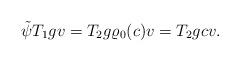
LaTeX: \begin{align*}\tilde \psi T_1 gv = T_2 g \varrho_0(c)v=T_2 gcv. \end{align*}